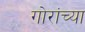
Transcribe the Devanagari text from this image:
गोरांच्या